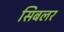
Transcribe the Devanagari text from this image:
सिबलर